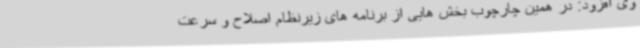
وی افزود: در همین چارچوب بخش هایی از برنامه های زیرنظام اصلاح و سرعت